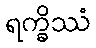
ရက္ခိဿံ